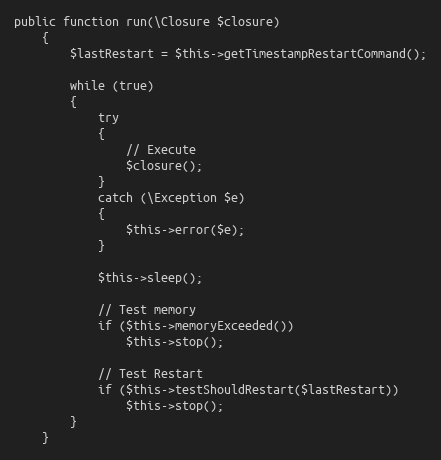
Language: PHP
public function run(\Closure $closure)
    {
        $lastRestart = $this->getTimestampRestartCommand();

        while (true)
        {
            try
            {
                // Execute
                $closure();
            }
            catch (\Exception $e)
            {
                $this->error($e);
            }

            $this->sleep();

            // Test memory
            if ($this->memoryExceeded())
                $this->stop();

            // Test Restart
            if ($this->testShouldRestart($lastRestart))
                $this->stop();
        }
    }